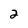
Character: 2